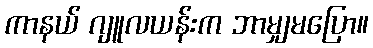
ကာနယ် ဂျူလယန်းက ဘာမျှမပြော။